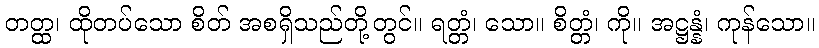
တတ္ထ၊ ထိုတပ်သော စိတ် အစရှိသည်တို့တွင်။ ရတ္တံ၊ သော။ စိတ္တံ၊ ကို။ အဋ္ဌန္နံ၊ ကုန်သော။